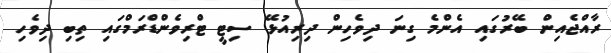
ރާއްޖެއިން ބޭރުގައި އެންމެ ގިނަ ދިވެހިން ދިރިއުޅޭ ސިޓީ ޓްރިވެންޑްރަމްގައި ތިބި ދިވެހި